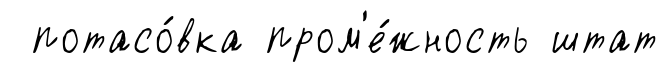
потасо́вка пром'е́жность штат